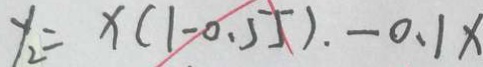
y _ { 2 } = x ( 1 - 0 . 5 5 ) _ { \cdot } - 0 . 1 x